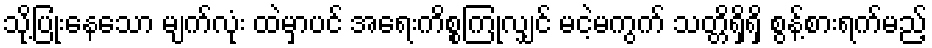
သို့ပြုံးနေသော မျက်လုံး ထဲမှာပင် အရေးကိစ္စကြုံလျှင် မငဲ့မကွက် သတ္တိရှိရှိ စွန့်စားရက်မည့်